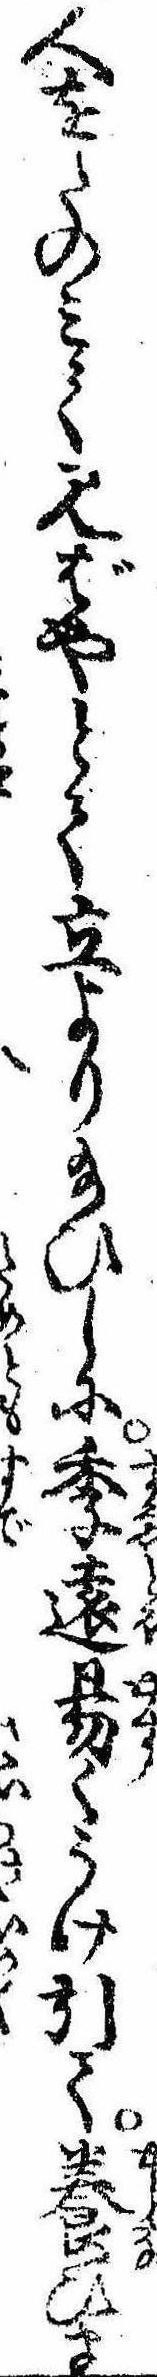
人をたのみて見ばやとて立より給ひしに季遠易くうけ引て養ひま